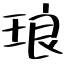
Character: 琅